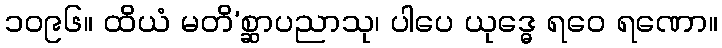
၁၀၉၆။ ထိယံ မတိ’စ္ဆာပညာသု၊ ပါပေ ယုဒ္ဓေ ရဝေ ရဏော။